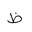
Letter: _za